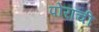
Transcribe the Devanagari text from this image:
पोरांची